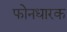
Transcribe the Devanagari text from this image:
फोनधारक